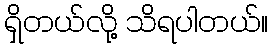
ရှိတယ်လို့ သိရပါတယ်။